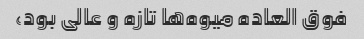
فوق العاده میوه‌ها تازه و عالی بود،